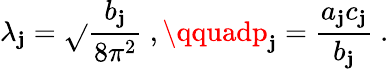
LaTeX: \lambda_{\mathbf{j}}=\sqrt{}{{\frac{{b_{\mathbf{j}}}}{{8\pi^{2}}}}}~,\qquadp_{\mathbf{j}}=\frac{{a_{\mathbf{j}}c_{\mathbf{j}}}}{{b_{\mathbf{j}}}}~.